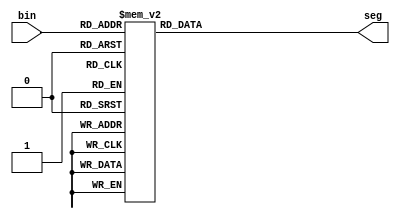
module bin_to_7seg	(bin,seg);
input	[3:0]	bin;
output	[6:0]	seg;
reg		[6:0]	seg;

always @(bin) begin
	
	case(bin)
		4'h0: seg = 7'b1000000;		//  output = 0 indicates a lit segment
		4'h1: seg = 7'b1111001;		// ---0---
		4'h2: seg = 7'b0100100; 	// |	 |
		4'h3: seg = 7'b0110000; 	// 5	 1
		4'h4: seg = 7'b0011001; 	// |	 |
		4'h5: seg = 7'b0010010; 	// ---6---
		4'h6: seg = 7'b0000010; 	// |	 |
		4'h7: seg = 7'b1111000; 	// 4	 2
		4'h8: seg = 7'b0000000; 	// |	 |
		4'h9: seg = 7'b0011000; 	// ---3---
		4'ha: seg = 7'b0001000;
		4'hb: seg = 7'b0000011;
		4'hc: seg = 7'b1000110;
		4'hd: seg = 7'b0100001;
		4'he: seg = 7'b0000110;
		4'hf: seg = 7'b0001110;
		default : seg = 7'b1111111;
	endcase
end

endmodule